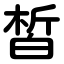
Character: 皙